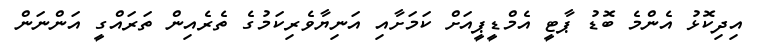
އިދިކޮޅު އެންމެ ބޮޑު ޕާޓީ އެމްޑީޕީއަށް ކަމަށާއި އަނިޔާވެރިކަމުގެ ތެރެއިން ތަރައްގީ އަންނަން